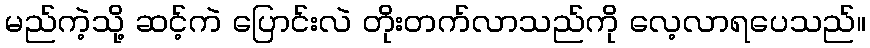
မည်ကဲ့သို့ ဆင့်ကဲ ပြောင်းလဲ တိုးတက်လာသည်ကို လေ့လာရပေသည်။